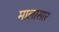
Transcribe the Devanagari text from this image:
मालासार